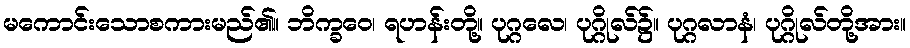
မကောင်းသောစကားမည်၏။ ဘိက္ခဝေ၊ ရဟန်းတို့။ ပုဂ္ဂလေ၊ ပုဂ္ဂိုလ်၌။ ပုဂ္ဂလာနံ၊ ပုဂ္ဂိုလ်တို့အား။